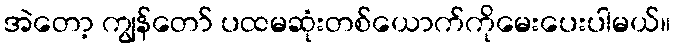
အဲတော့ ကျွန်တော် ပထမဆုံးတစ်ယောက်ကိုမေးပေးပါမယ်။